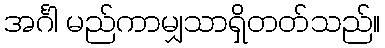
အင်္ဂါ မည်ကာမျှသာရှိတတ်သည်။